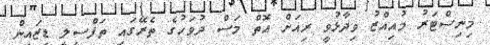
މިނިސްޓަރު މުއިއްޒު ވިދާޅުވީ ރިއަށް އޮތް މަސް ދުވަހުގެ ތެރޭގައި ތަފްސީލީ ޑިޒައިން